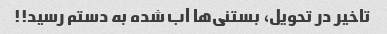
تاخیر در تحویل، بستنی‌ها آب شده به دستم رسید!!